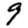
Digit: 9